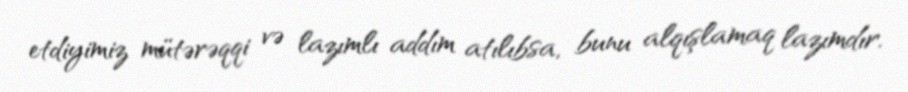
etdiyimiz mütərəqqi və lazımlı addım atılıbsa, bunu alqışlamaq lazımdır.